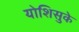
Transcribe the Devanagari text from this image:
योशिसुके